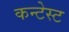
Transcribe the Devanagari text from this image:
कन्टेस्ट